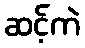
ဆင့်ကဲ